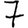
Digit: 7